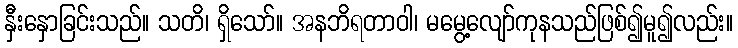
နှီးနှောခြင်းသည်။ သတိ၊ ရှိသော်။ အနဘိရတာဝါ၊ မမွေ့လျော်ကုနသည်ဖြစ်၍မူ၍လည်း။